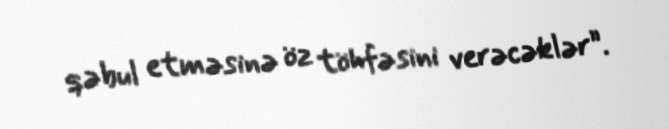
qəbul etməsinə öz töhfəsini verəcəklər”.